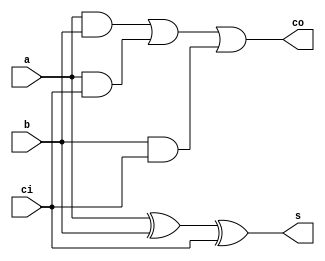
/*
   This file was generated automatically by Alchitry Labs version 1.2.7.
   Do not edit this file directly. Instead edit the original Lucid source.
   This is a temporary file and any changes made to it will be destroyed.
*/

module full_adder_27 (
    input a,
    input b,
    input ci,
    output reg s,
    output reg co
  );
  
  
  
  reg i;
  reg j;
  reg k;
  
  always @* begin
    s = a ^ b ^ ci;
    i = a & b;
    j = a & ci;
    k = b & ci;
    co = i | j | k;
  end
endmodule